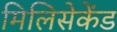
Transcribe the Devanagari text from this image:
मिलिसेकेंड